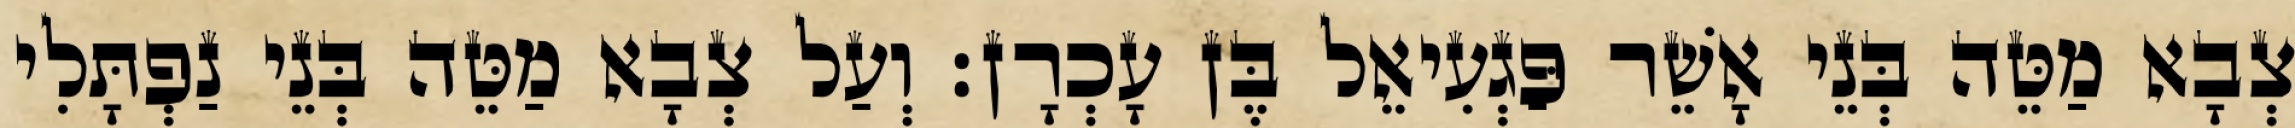
צְבָא מַטֵּה בְּנֵי אָשֵׁר פַּגְעִיאֵל בֶּן עָכְרָן׃ וְעַל צְבָא מַטֵּה בְּנֵי נַפְתָּלִי